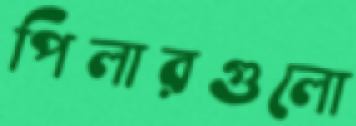
পিলারগুলো